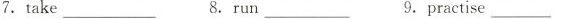
7. take___ 8.run ___ 9.practise___